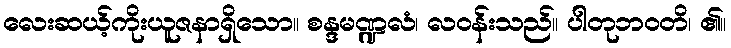
လေးဆယ့်ကိုးယူဇနာရှိသော။ စန္ဒမဏ္ဍလံ၊ လဝန်းသည်။ ပါတုဘဝတိ၊ ၏။